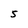
Character: S